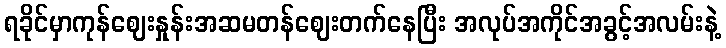
ရခိုင်မှာကုန်ဈေးနှုန်းအဆမတန်ဈေးတက်နေပြီး အလုပ်အကိုင်အခွင့်အလမ်းနဲ့